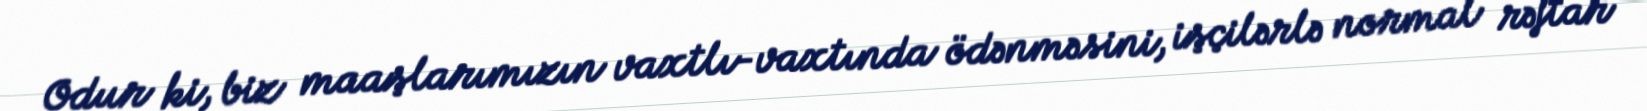
Odur ki, biz maaşlarımızın vaxtlı-vaxtında ödənməsini, işçilərlə normal rəftar